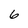
Character: 6